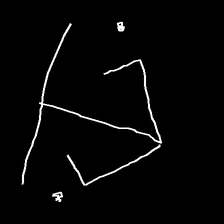
Glyph: earth